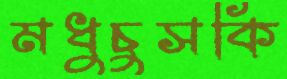
মধুচুসকি